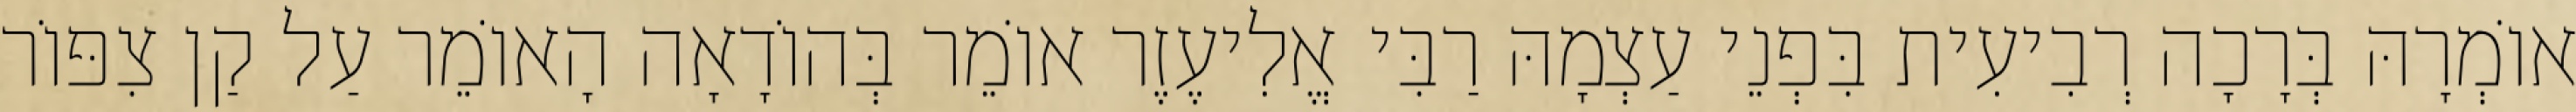
אוֹמְרָהּ בְּרָכָה רְבִיעִית בִּפְנֵי עַצְמָהּ רַבִּי אֱלִיעֶזֶר אוֹמֵר בְּהוֹדָאָה הָאוֹמֵר עַל קַן צִפּוֹר